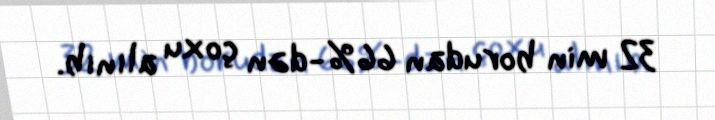
32 min borudan 66%-dən çoxu alınıb.